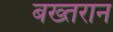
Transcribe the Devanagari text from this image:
बख्तरान